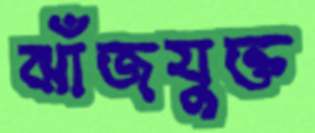
ঝাঁজযুক্ত